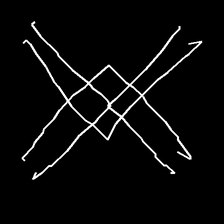
Glyph: crystal